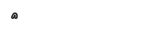
٤